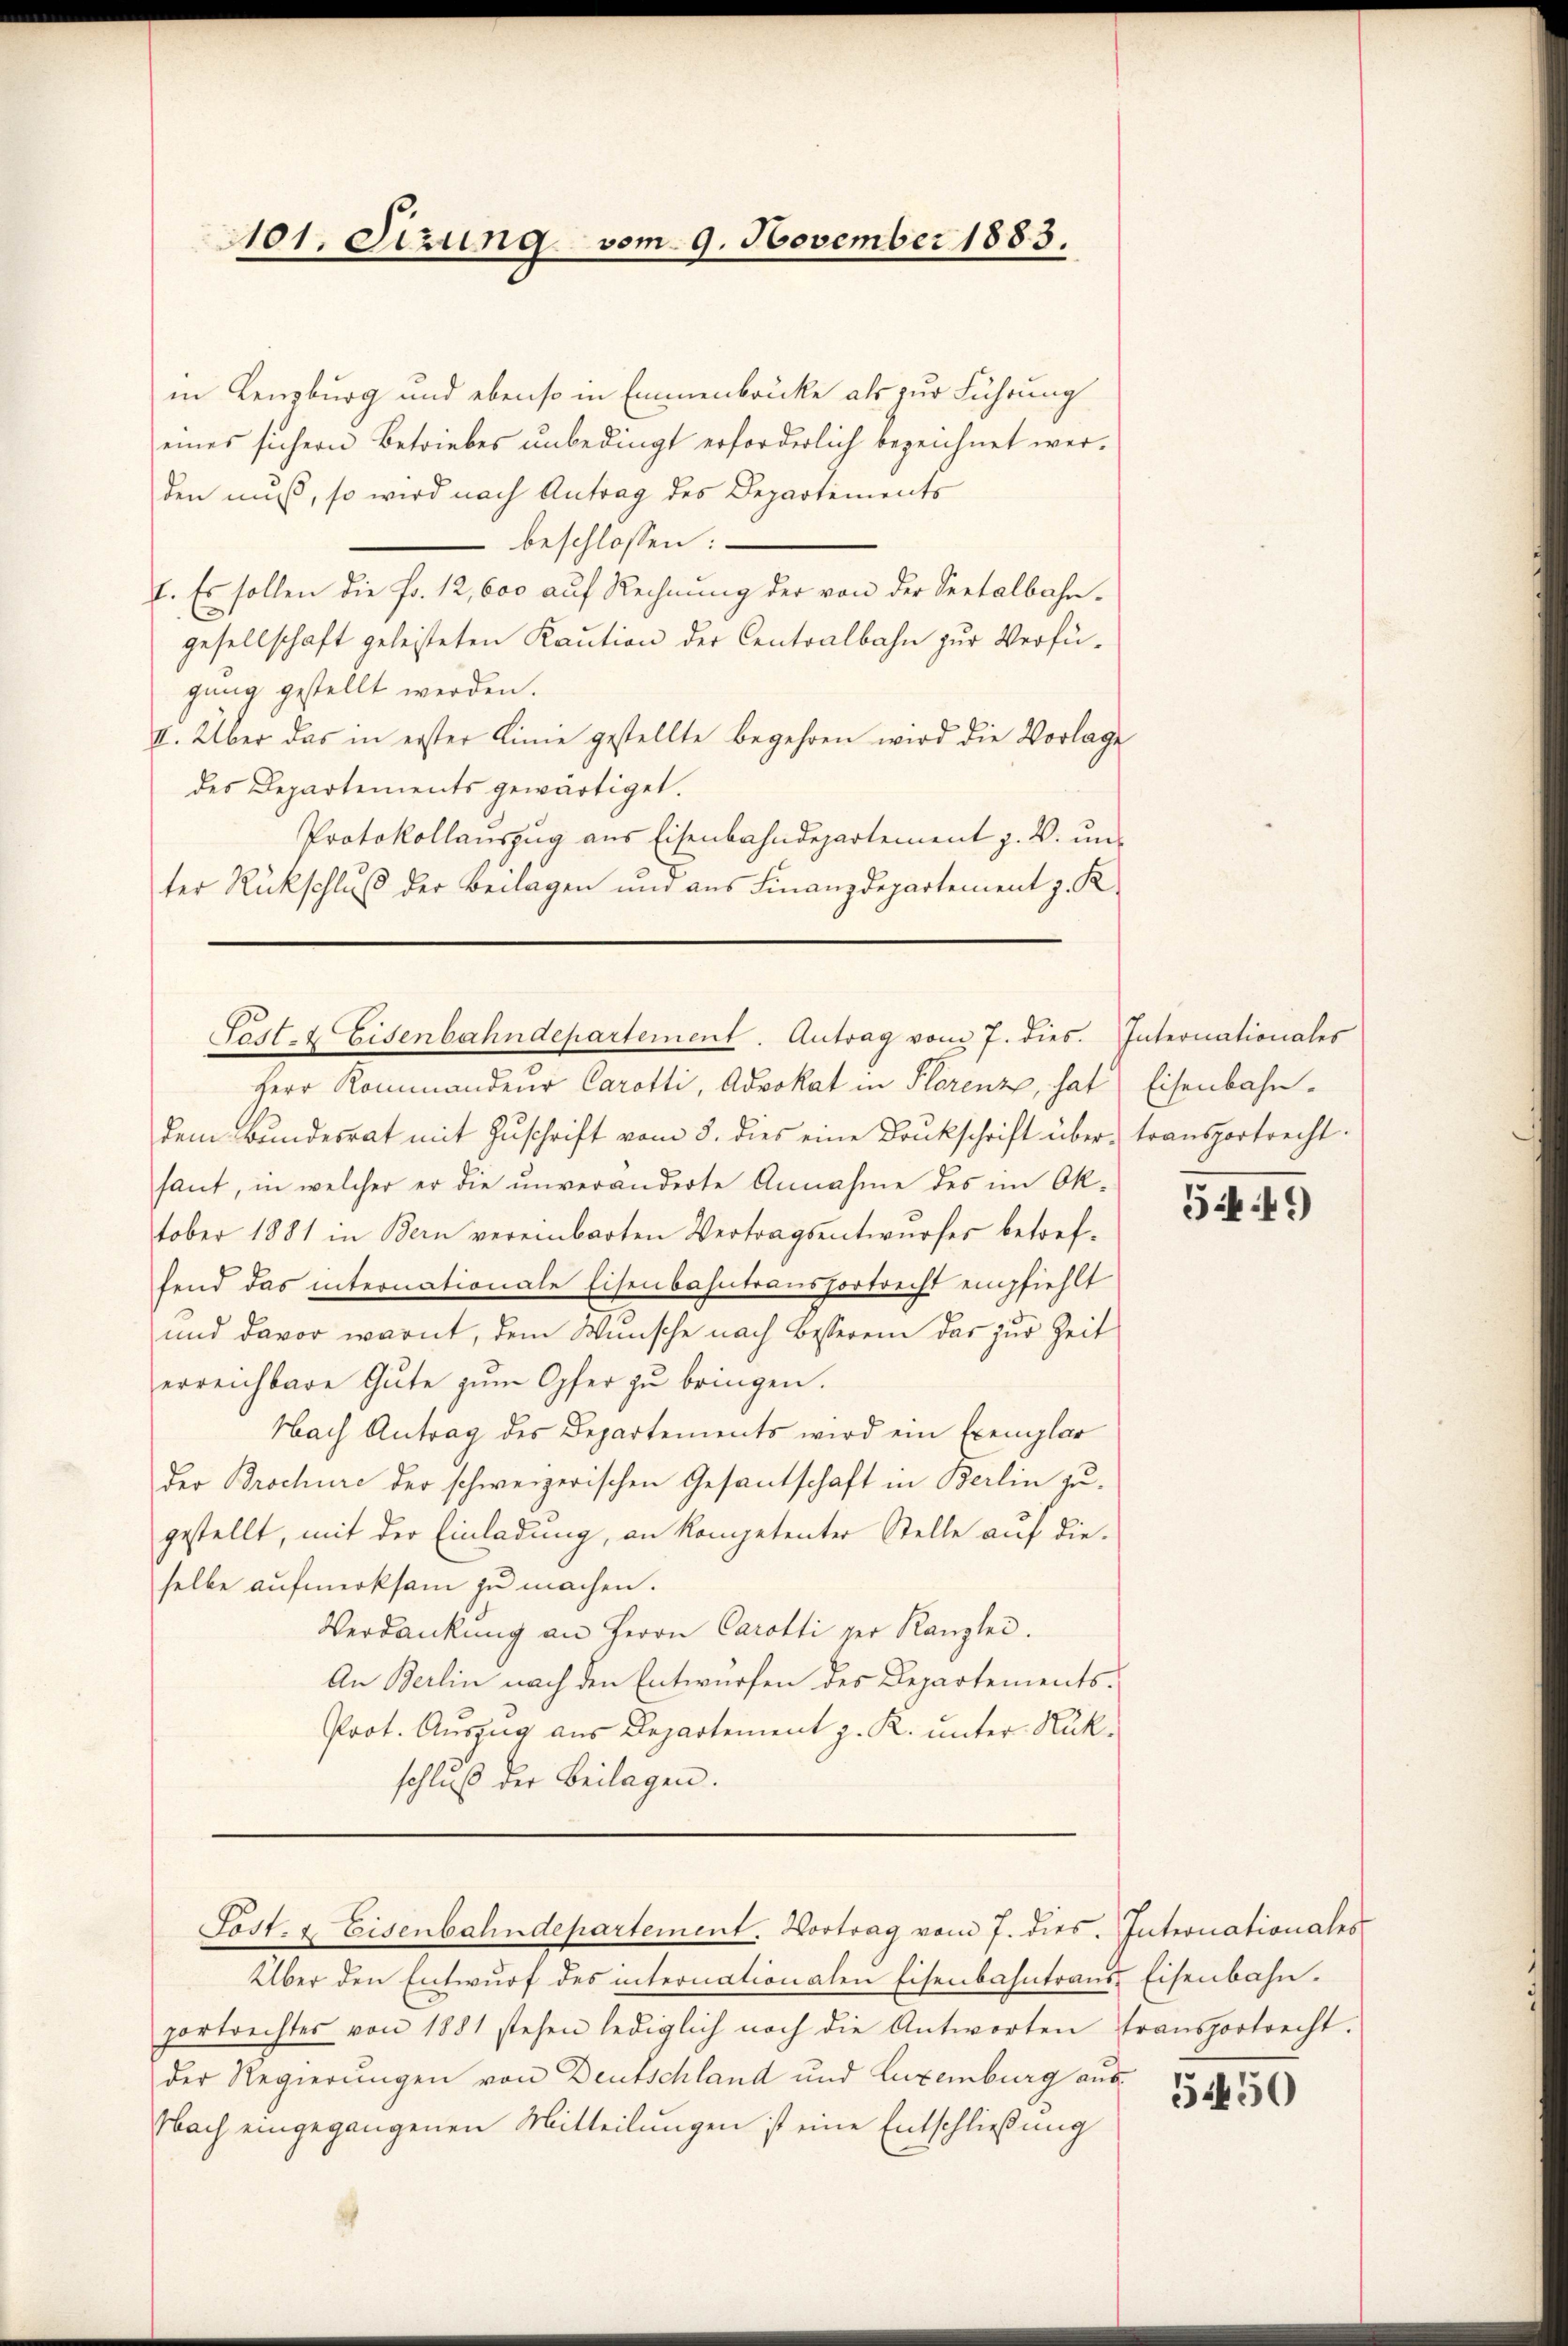
101. Sizung vom 9. November 1883.

in Lenzburg und ebenso in Emmenbrücke als zur Führung
eines sichern Betriebes unbedingt erforderlich bezeichnet werden muß, so wird nach Antrag des Departements
beschlossen:
1. Es sollen die Fr. 12,600 auf Rechnung der von der Seetalbahngesellschaft geleisteten Kaution der Centralbahn zur Verfügung gestellt werden.
II. Über das in erster Linie gestellte Begehren wird die Vorlage
des Departements gewärtiget.
Protokollauszug aus Eisenbahndepartement z. B. un-
ter Rückschluß der Beilagen und aus Finanzdepartement z. K

Fest- & Eisenbahndepartement. Antrag vom 7. dies. Internationales

Herr Kommanden Carotti, Advokat in Plorenze, hat Eisenbahndem Bŭndesrat mit Zŭschrift vom 8. dies eine Druckschrift über transportrecht.
saut, in welcher er die unveränderte Annahme des im Oktober 1881 in Bern vereinbarten Vertragsentwŭrfes betref-
fend das internationale Eisenbahntransfortrecht empfiehlt
und davor warnt, dem Wunsche nach Besserem das zur Zeit
erreichbare Gute zum Opfer zu bringen.
Nach Antrag des Departements wird ein Exemplar
der Brochüre der schweizerischen Gesantschaft in Berlin zugestellt, mit der Einladung, an Kompetenter Stelle auf dieselbe aufmerksam zu machen.
Verdankung an Herrn Carotti per Kanzlei.
An Berlin nach den Entwürfen des Departements¬
Prot. Auszug aus Departement z. R. unter Rükschluß der Beilagen.

Sost- & Eisenbahndepartement. Vortrag vom 7. dies. Intronationales

Über den Entwurf des internationalen Eisenbahntraus Eisenbahn.
portrechtes von 1881 stehen lediglich noch die Antworten transportrecht.
der Regierungen von Deutschland und Luxenburg aus¬
Nach eingegangenen Mitteilungen ist eine Entschließung

549

5450